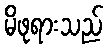
မိဖုရားသည်